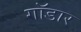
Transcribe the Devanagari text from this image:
गॉडार